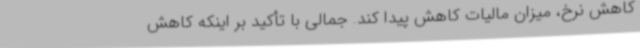
کاهش نرخ، میزان مالیات کاهش پیدا کند. جمالی با تأکید بر اینکه کاهش